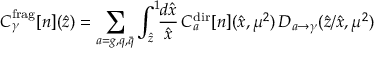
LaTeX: { \cal C } _ { \gamma } ^ { \mathrm { f r a g } } [ n ] ( \hat { z } ) = \sum _ { a = g , q , \bar { q } } \int _ { \hat { z } } ^ { 1 } \! \! \frac { d \hat { x } } { \hat { x } } \, { \cal C } _ { a } ^ { \mathrm { d i r } } [ n ] ( \hat { x } , \mu ^ { 2 } ) \, D _ { a \to \gamma } ( \hat { z } / \hat { x } , \mu ^ { 2 } )